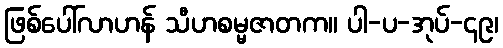
ဖြစ်ပေါ်လာဟန် သီဟစမ္မဇာတက။ ပါ-ပ-အုပ်-၄၉၊